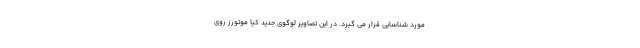
مورد شناسایی قرار می گیرد. در این تصاویر لوگوی جدید کیا موتورز روی